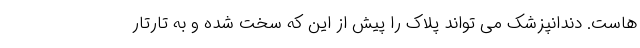
هاست. دندانپزشک می تواند پلاک را پیش از این که سخت شده و به تارتار